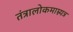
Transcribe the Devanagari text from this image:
तंत्रालोकमाम्न्यत्र